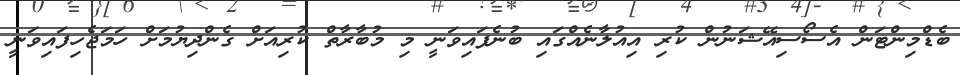
ބެޑްމިންޓަން އެސޯސިއޭޝަނުން ކުރި އިއުލާނެއްގައި ބުނެފައިވަނީ މި މުބާރާތް ކުރިއަށް ގެންދިޔުމަށް ހަމަޖެހިފައިވަނީ